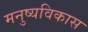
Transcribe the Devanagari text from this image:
मनुष्यविकास